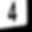
Digit: 4